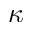
\kappa